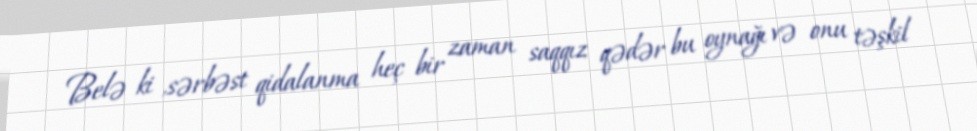
Belə ki ,sərbəst qidalanma heç bir zaman saqqız qədər bu oynağı və onu təşkil